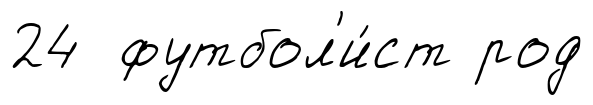
24 футбол'и́ст род